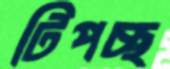
টিপচ্ছ